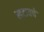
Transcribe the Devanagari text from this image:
खटावचे